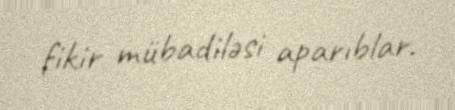
fikir mübadiləsi aparıblar.